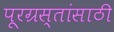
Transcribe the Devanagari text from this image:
पूरग्रस्तांसाठी